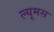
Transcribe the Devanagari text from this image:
ल्यूमस